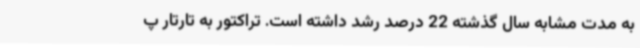
به مدت مشابه سال گذشته 22 درصد رشد داشته است. تراکتور به تارتار پ